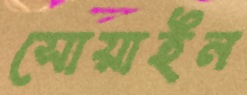
সোয়াইন